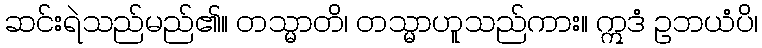
ဆင်းရဲသည်မည်၏။ တသ္မာတိ၊ တသ္မာဟူသည်ကား။ ဣဒံ ဥဘယံပိ၊